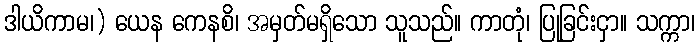
ဒါယိကာမ၊) ယေန ကေနစိ၊ အမှတ်မရှိသော သူသည်။ ကာတုံ၊ ပြုခြင်းငှာ။ သက္ကာ၊